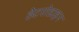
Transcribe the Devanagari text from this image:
हेटरोडाइन